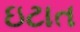
ઇટાત